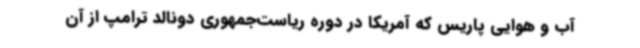
آب و هوایی پاریس که آمریکا در دوره ریاست‌جمهوری دونالد ترامپ از آن